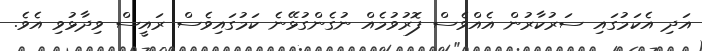
އަދި އެކަމުގައި ސަރުކާރުން އެއްވެސް ފޮރުވުމެއް ނުގެންގުޅޭނެ ކަމުގައިވެސް ރައީސް ވިދާޅުވި އެވެ.